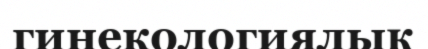
гинекологиялық